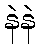
နဲနဲ